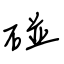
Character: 碰